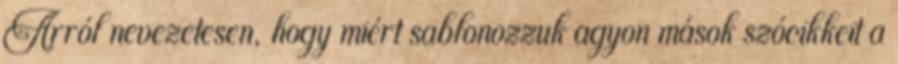
Arról nevezetesen, hogy miért sablonozzuk agyon mások szócikkeit a